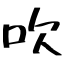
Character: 吹